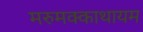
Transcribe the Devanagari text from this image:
मरुमक्काथायम